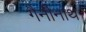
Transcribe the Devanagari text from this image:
गैनीनाथ